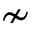
\nsim